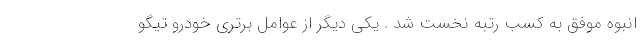
انبوه موفق به کسب رتبه نخست شد . یکی دیگر از عوامل برتری خودرو تیگو